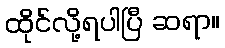
ထိုင်လို့ရပါပြီ ဆရာ။